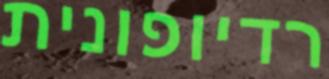
רדיופונית